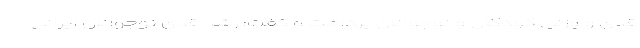
قدی و وزنی کودکان و نوجوانان پرداخت و گفت: رشد قدی نوجوانان ایرانی